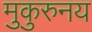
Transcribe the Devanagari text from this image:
मुकुरुनय